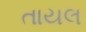
તાયલ